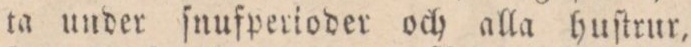
ta under ſnufperioder och alla huſtrur,